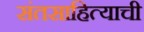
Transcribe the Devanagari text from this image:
संतसाहित्याची